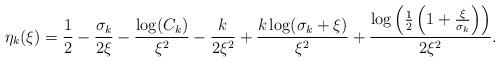
LaTeX: \begin{align*}\eta_k(\xi)&=\frac{1}{2}-\frac{\sigma_k}{2\xi}-\frac{\log(C_k)}{\xi^2}-\frac{k}{2\xi^2}+\frac{k\log(\sigma_k +\xi)}{\xi^2}+ \frac{\log\left(\frac{1}{2}\left(1+\frac{\xi}{\sigma_k}\right)\right)}{2\xi^2}.\end{align*}